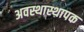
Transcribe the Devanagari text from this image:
अवस्थास्थापक